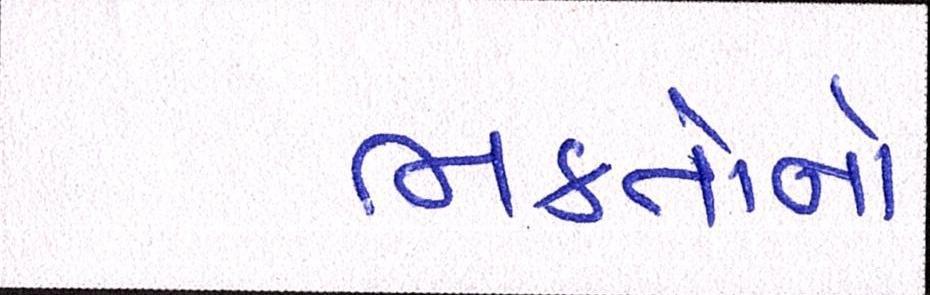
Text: ભક્તોનો